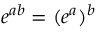
e ^ { a b } = ( e ^ { a } ) ^ { b }